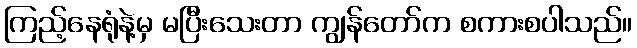
ကြည့်နေရုံနဲ့မှ မပြီးသေးတာ ကျွန်တော်က စကားစပါသည်။